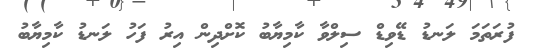
ފުރަތަމަ ލަނޑު ޑޭވިޑް ސިލްވާ ކާމިޔާބު ކޮށްދިން އިރު ފަހު ލަނޑު ކާމިޔާބު